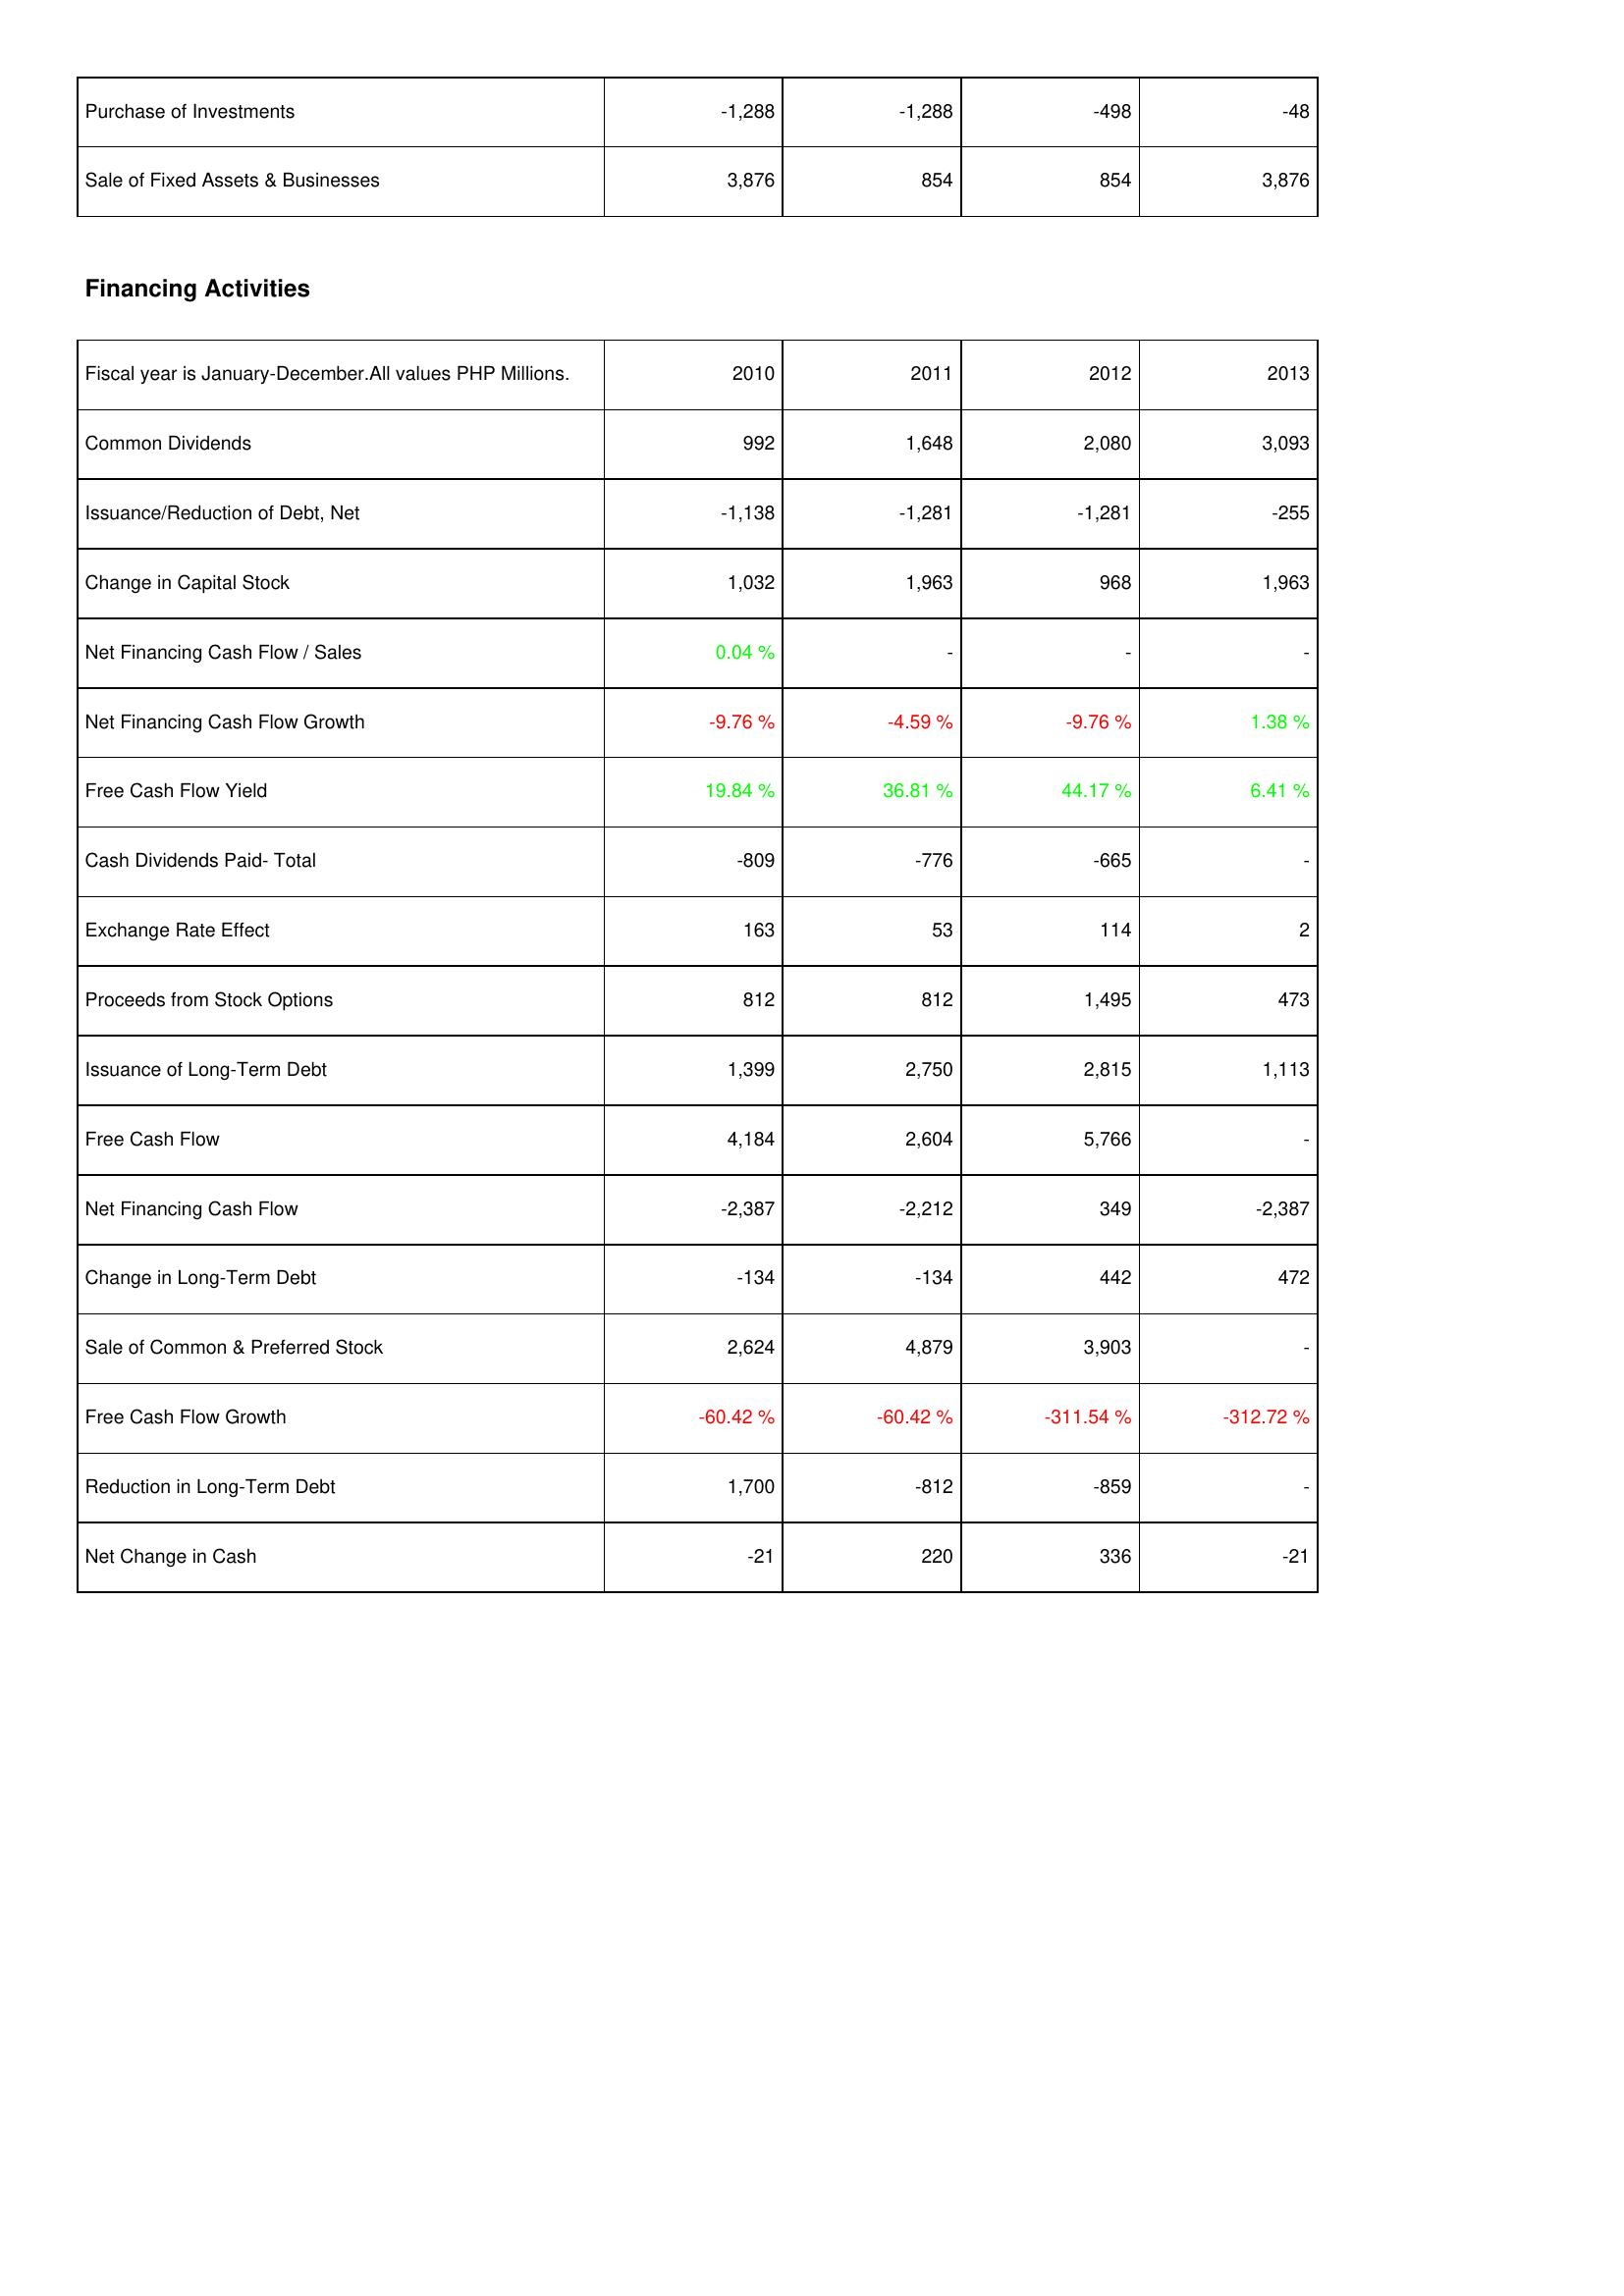
2010: Investing Activities: Purchase of Investments: -1,288
Sale of Fixed Assets & Businesses: 3,876
Financing Activities: Common Dividends: 992
Issuance/Reduction of Debt, Net: -1,138
Change in Capital Stock: 1,032
Net Financing Cash Flow / Sales: 0.04 %
Net Financing Cash Flow Growth: -9.76 %
Free Cash Flow Yield: 19.84 %
Cash Dividends Paid- Total: -809
Exchange Rate Effect: 163
Proceeds from Stock Options: 812
Issuance of Long-Term Debt: 1,399
Free Cash Flow: 4,184
Net Financing Cash Flow: -2,387
Change in Long-Term Debt: -134
Sale of Common & Preferred Stock: 2,624
Free Cash Flow Growth: -60.42 %
Reduction in Long-Term Debt: 1,700
Net Change in Cash: -21
2011: Investing Activities: Purchase of Investments: -1,288
Sale of Fixed Assets & Businesses: 854
Financing Activities: Common Dividends: 1,648
Issuance/Reduction of Debt, Net: -1,281
Change in Capital Stock: 1,963
Net Financing Cash Flow / Sales: -
Net Financing Cash Flow Growth: -4.59 %
Free Cash Flow Yield: 36.81 %
Cash Dividends Paid- Total: -776
Exchange Rate Effect: 53
Proceeds from Stock Options: 812
Issuance of Long-Term Debt: 2,750
Free Cash Flow: 2,604
Net Financing Cash Flow: -2,212
Change in Long-Term Debt: -134
Sale of Common & Preferred Stock: 4,879
Free Cash Flow Growth: -60.42 %
Reduction in Long-Term Debt: -812
Net Change in Cash: 220
2012: Investing Activities: Purchase of Investments: -498
Sale of Fixed Assets & Businesses: 854
Financing Activities: Common Dividends: 2,080
Issuance/Reduction of Debt, Net: -1,281
Change in Capital Stock: 968
Net Financing Cash Flow / Sales: -
Net Financing Cash Flow Growth: -9.76 %
Free Cash Flow Yield: 44.17 %
Cash Dividends Paid- Total: -665
Exchange Rate Effect: 114
Proceeds from Stock Options: 1,495
Issuance of Long-Term Debt: 2,815
Free Cash Flow: 5,766
Net Financing Cash Flow: 349
Change in Long-Term Debt: 442
Sale of Common & Preferred Stock: 3,903
Free Cash Flow Growth: -311.54 %
Reduction in Long-Term Debt: -859
Net Change in Cash: 336
2013: Investing Activities: Purchase of Investments: -48
Sale of Fixed Assets & Businesses: 3,876
Financing Activities: Common Dividends: 3,093
Issuance/Reduction of Debt, Net: -255
Change in Capital Stock: 1,963
Net Financing Cash Flow / Sales: -
Net Financing Cash Flow Growth: 1.38 %
Free Cash Flow Yield: 6.41 %
Cash Dividends Paid- Total: -
Exchange Rate Effect: 2
Proceeds from Stock Options: 473
Issuance of Long-Term Debt: 1,113
Free Cash Flow: -
Net Financing Cash Flow: -2,387
Change in Long-Term Debt: 472
Sale of Common & Preferred Stock: -
Free Cash Flow Growth: -312.72 %
Reduction in Long-Term Debt: -
Net Change in Cash: -21